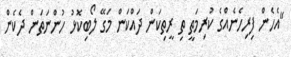
"އެހެން ފިރިހެނެއްގެ ކުރިމަތީ ތި ރީތިކަން ދައްކަން މަގޭ ލޯބިކޮޅު ހުންނަތަން ދެކެން